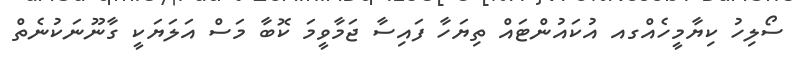
ސޯލިހު ކިޔާމީހެއްގއ އުކައުންޓައް ތިޔަހާ ފައިސާ ޖަމާވީމަ ކޮބާ މަސް އަލަޔަކީ ގާނޫނަކުނެތް